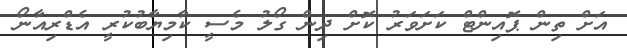
އަށް ތިން ޕޮއިންޓް ކަށަވަރު ކޮށް ދިން ގޯލު މެސީ ކާމިޔާބުކުރީ އެޑްރިއާނޯ